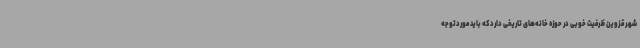
شهر قزوین ظرفیت خوبی در حوزه خانه‌های تاریخی دارد که باید موردتوجه